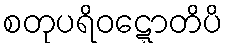
စတုပရိဝဋ္ဋောတိပိ